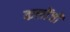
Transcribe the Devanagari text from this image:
कलोंजी